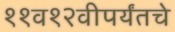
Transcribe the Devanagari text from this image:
११व१२वीपर्यंतचे